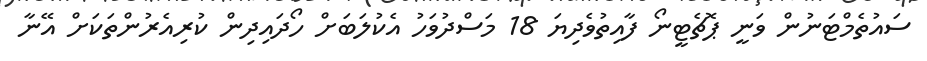
ސައުތެމްޓަނުން ވަނީ ޕޮޗެޓީނޯ ފާއިތުވެދިޔަ 18 މަސްދުވަހު އެކުލަބަށް ހޯދައިދިން ކުރިއެރުންތަކަށް އޭނާ